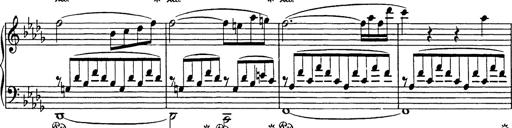
Title: Consolations
Composer: Franz Liszt